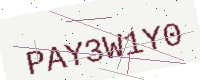
Text: PAY3W1Y0